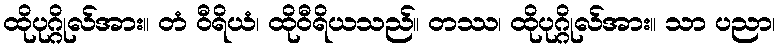
ထိုပုဂ္ဂိုလ်အား။ တံ ဝီရိယံ၊ ထိုဝီရိယသည်။ တဿ၊ ထိုပုဂ္ဂိုလ်အား။ သာ ပညာ၊